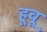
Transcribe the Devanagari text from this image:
हूवू